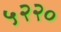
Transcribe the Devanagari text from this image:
५२२०